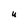
Character: U